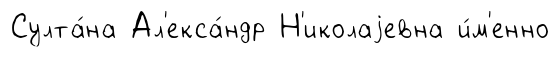
Султа́на Ал'екса́ндр Н'иколаjевна и́м'енно